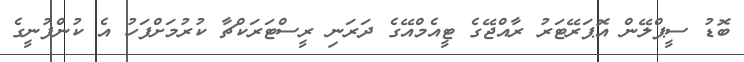
ބޮޑު ސީޕްލޭން އޮޕަރޭޓަރު ރާއްޖޭގެ ޓީއެމްއޭގެ ދަރަނި ރީސްޓަރަކްޗާ ކުރުމަށްފަހު އެ ކުންފުނީގެ